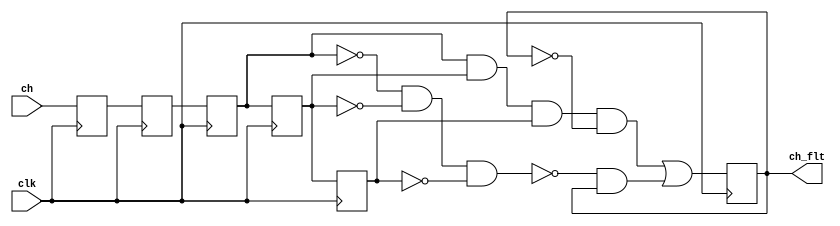
`timescale 1ns / 1ps
//////////////////////////////////////////////////////////////////////////////////
// Company: 
// Engineer: 
// 
// Design Name: 
// Module Name: encoder
// Project Name: 
// Target Devices: 
// Tool Versions: 
// Description: 
// 
// Dependencies: 
// 
// Revision:
// Revision 0.01 - File Created
// Additional Comments:
// 
//////////////////////////////////////////////////////////////////////////////////
module noise_filter
(
 clk,ch,ch_flt 
);

input clk;
input ch;
output ch_flt;
reg ch_buf;

always@(posedge clk)
begin
  ch_buf<=ch;
end

reg dff1,dff2,dff3,dff4;
wire dffj,dffk;
reg ch_flt;

always@(posedge clk)
begin
  dff1 <= ch_buf;
  dff2 <= dff1;
  dff3 <= dff2;
  dff4 <= dff3;
end

assign dffj = dff2&dff3&dff4;
assign dffk = (~dff2)&(~dff3)&(~dff4);

always @(posedge clk) 
begin
  ch_flt <= (dffj&(~ch_flt))|((~dffk)&ch_flt);
end

endmodule

//////////////////////////////////////////////////////////////////////////////////
// Company: 
// Engineer: 
// 
// Design Name: 
// Module Name: encoder
// Project Name: 
// Target Devices: 
// Tool Versions: 
// Description: 
// 
// Dependencies: 
// 
// Revision:
// Revision 0.01 - File Created
// Additional Comments:
// 
//////////////////////////////////////////////////////////////////////////////////

//`include "noise_filter.v"
module encoder
(
   clk80m,
   resetn,
   enc_rstn, 
   enca,
   encb, 
   encx,
   
   encoder_position_out,
   enc_udn,
   enc_cas,
   count_enable,
   count_direction, 
   clk160m
);


(*keep = "true"*) input clk80m;                           //CLOCK,20M
(*keep = "true"*) input resetn;                           //global reset
(*keep = "true"*) input enc_rstn;                         //reset signal,address is 0x02
(*keep = "true"*) input enca;                             //channel A
(*keep = "true"*) input encb;                             //channel B
(*keep = "true"*) input encx;                             //channel X
(*keep = "true"*) input clk160m;                           //CLOCK,20M
//input index;                          //ENCODER index:automatically cleared after every frame read by the MC
(*keep = "true"*) output [31:0] encoder_position_out;     //bit15~bit0:pulse counter;bit31~bit16:circle counter
(*keep = "true"*) output enc_udn;                         //0=encoder direction normal ;1=encoder position up
(*keep = "true"*) output enc_cas;                         //0=encoder position normal;1=encoder position under or overflowed

(*keep = "true"*) output count_enable;
(*keep = "true"*) output count_direction;

reg enc_udn;
reg enca_flt_delayed, encb_flt_delayed;

wire enca_flt,encb_flt,encx_flt;
wire enc_cas;

assign enc_cas=1'b0;                    //need modified!!!

noise_filter e1(.clk(clk160m),.ch(enca),.ch_flt(enca_flt));
noise_filter e2(.clk(clk160m),.ch(encb),.ch_flt(encb_flt));
reg enca_flt_buf,encb_flt_buf;
always @(posedge clk80m) 
    begin
    enca_flt_buf<=enca_flt;
    encb_flt_buf<=encb_flt;
    enca_flt_delayed<= enca_flt_buf;
    encb_flt_delayed<= encb_flt_buf;
	count_enable <= enca_flt_buf ^ enca_flt_delayed ^ encb_flt_buf ^ encb_flt_delayed;
	count_direction <= enca_flt_buf ^ encb_flt_delayed;
    end

reg count_enable,count_direction;

reg [31:0] encoder_position_out;                       //pulse counter

always @(posedge clk80m) 
begin
	if ((~resetn) | (~enc_rstn))
		begin
			encoder_position_out	<= 32'h0;
			enc_udn					<= 1'b0;
		end
	else
		case ({count_enable , count_direction})
			2'b10:
				begin
					encoder_position_out	<= encoder_position_out - 1'b1;
					enc_udn					<= 1'b0;
				end
			2'b11:
				begin
					encoder_position_out	<= encoder_position_out + 1'b1;
					enc_udn					<= 1'b1;
				end
			default:
				begin
					encoder_position_out	<= encoder_position_out;
					enc_udn					<= enc_udn;
				end
		endcase
end

endmodule